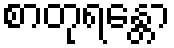
စာတုရန္တော